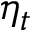
\eta _ { t }